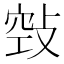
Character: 𢽦